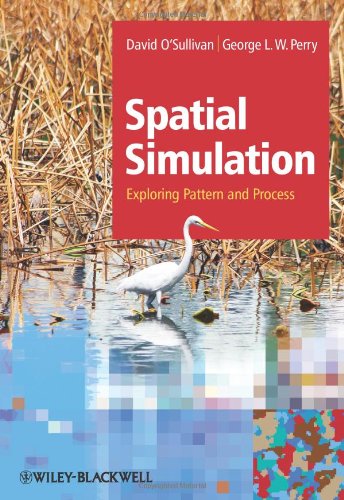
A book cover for Spatial Simulation: Exploring Pattern and Process; David O'Sullivan; Science & Math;